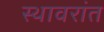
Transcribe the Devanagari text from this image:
स्थावरांत